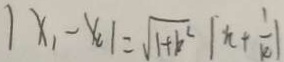
\vert x _ { 1 } - x _ { 2 } \vert = \sqrt { 1 + k ^ { 2 } } \vert n + \frac { 1 } { k } \vert